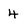
Character: 4